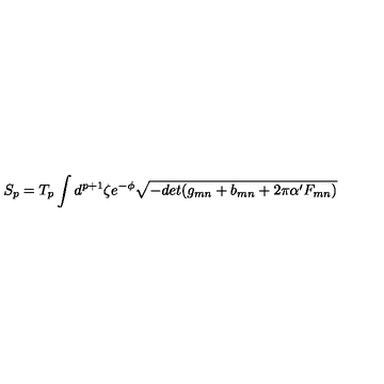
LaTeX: S _ { p } = T _ { p } \int d ^ { p + 1 } \zeta e ^ { - \phi } \sqrt { - d e t ( g _ { m n } + b _ { m n } + 2 \pi \alpha ^ { \prime } F _ { m n } ) }